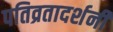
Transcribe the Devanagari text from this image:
पतिव्रतादर्शनी